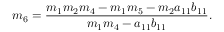
m _ { 6 } = \frac { m _ { 1 } m _ { 2 } m _ { 4 } - m _ { 1 } m _ { 5 } - m _ { 2 } a _ { 1 1 } b _ { 1 1 } } { m _ { 1 } m _ { 4 } - a _ { 1 1 } b _ { 1 1 } } .